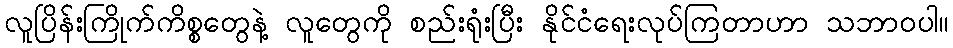
လူပြိန်းကြိုက်ကိစ္စတွေနဲ့ လူတွေကို စည်းရုံးပြီး နိုင်ငံရေးလုပ်ကြတာဟာ သဘာဝပါ။